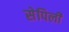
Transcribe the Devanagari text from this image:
सेपिली